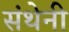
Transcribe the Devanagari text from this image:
संथेनी